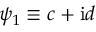
\psi _ { 1 } \equiv c + \mathrm { i } d